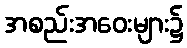
အစည်းအဝေးများ၌